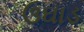
ઉઘાડ